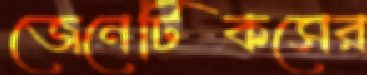
জেনেটিকসের